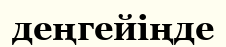
деңгейіңде